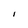
Character: I